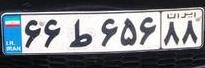
۶۶ط۶۵۶۸۸